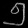
Digit: ၅